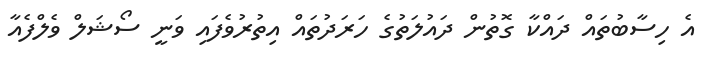
އެ ހިސާބުތައް ދައްކާ ގޮތުން ދައުލަތުގެ ހަރަދުތައް އިތުރުވެފައި ވަނީ ސޯޝަލް ވެލްފެއާ